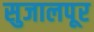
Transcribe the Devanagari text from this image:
सुजालपूर